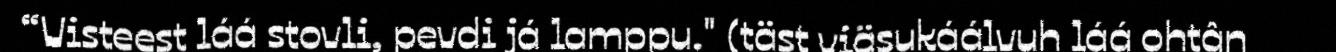
“Visteest láá stovli, pevdi já lamppu." (täst viäsukáálvuh láá ohtân